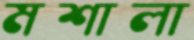
মশালা